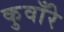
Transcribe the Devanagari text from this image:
कुवाँरे